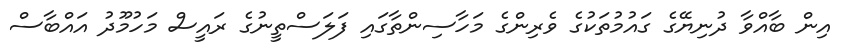
އިން ބާއްވާ ދުނިޔޭގެ ގައުމުތަކުގެ ވެރިންގެ މަހާސިންތާގައި ފަލަސްތީނުގެ ރައީސް މަހުމޫދު އައްބާސް